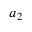
a _ { 2 }